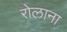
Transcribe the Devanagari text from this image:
रोलाना